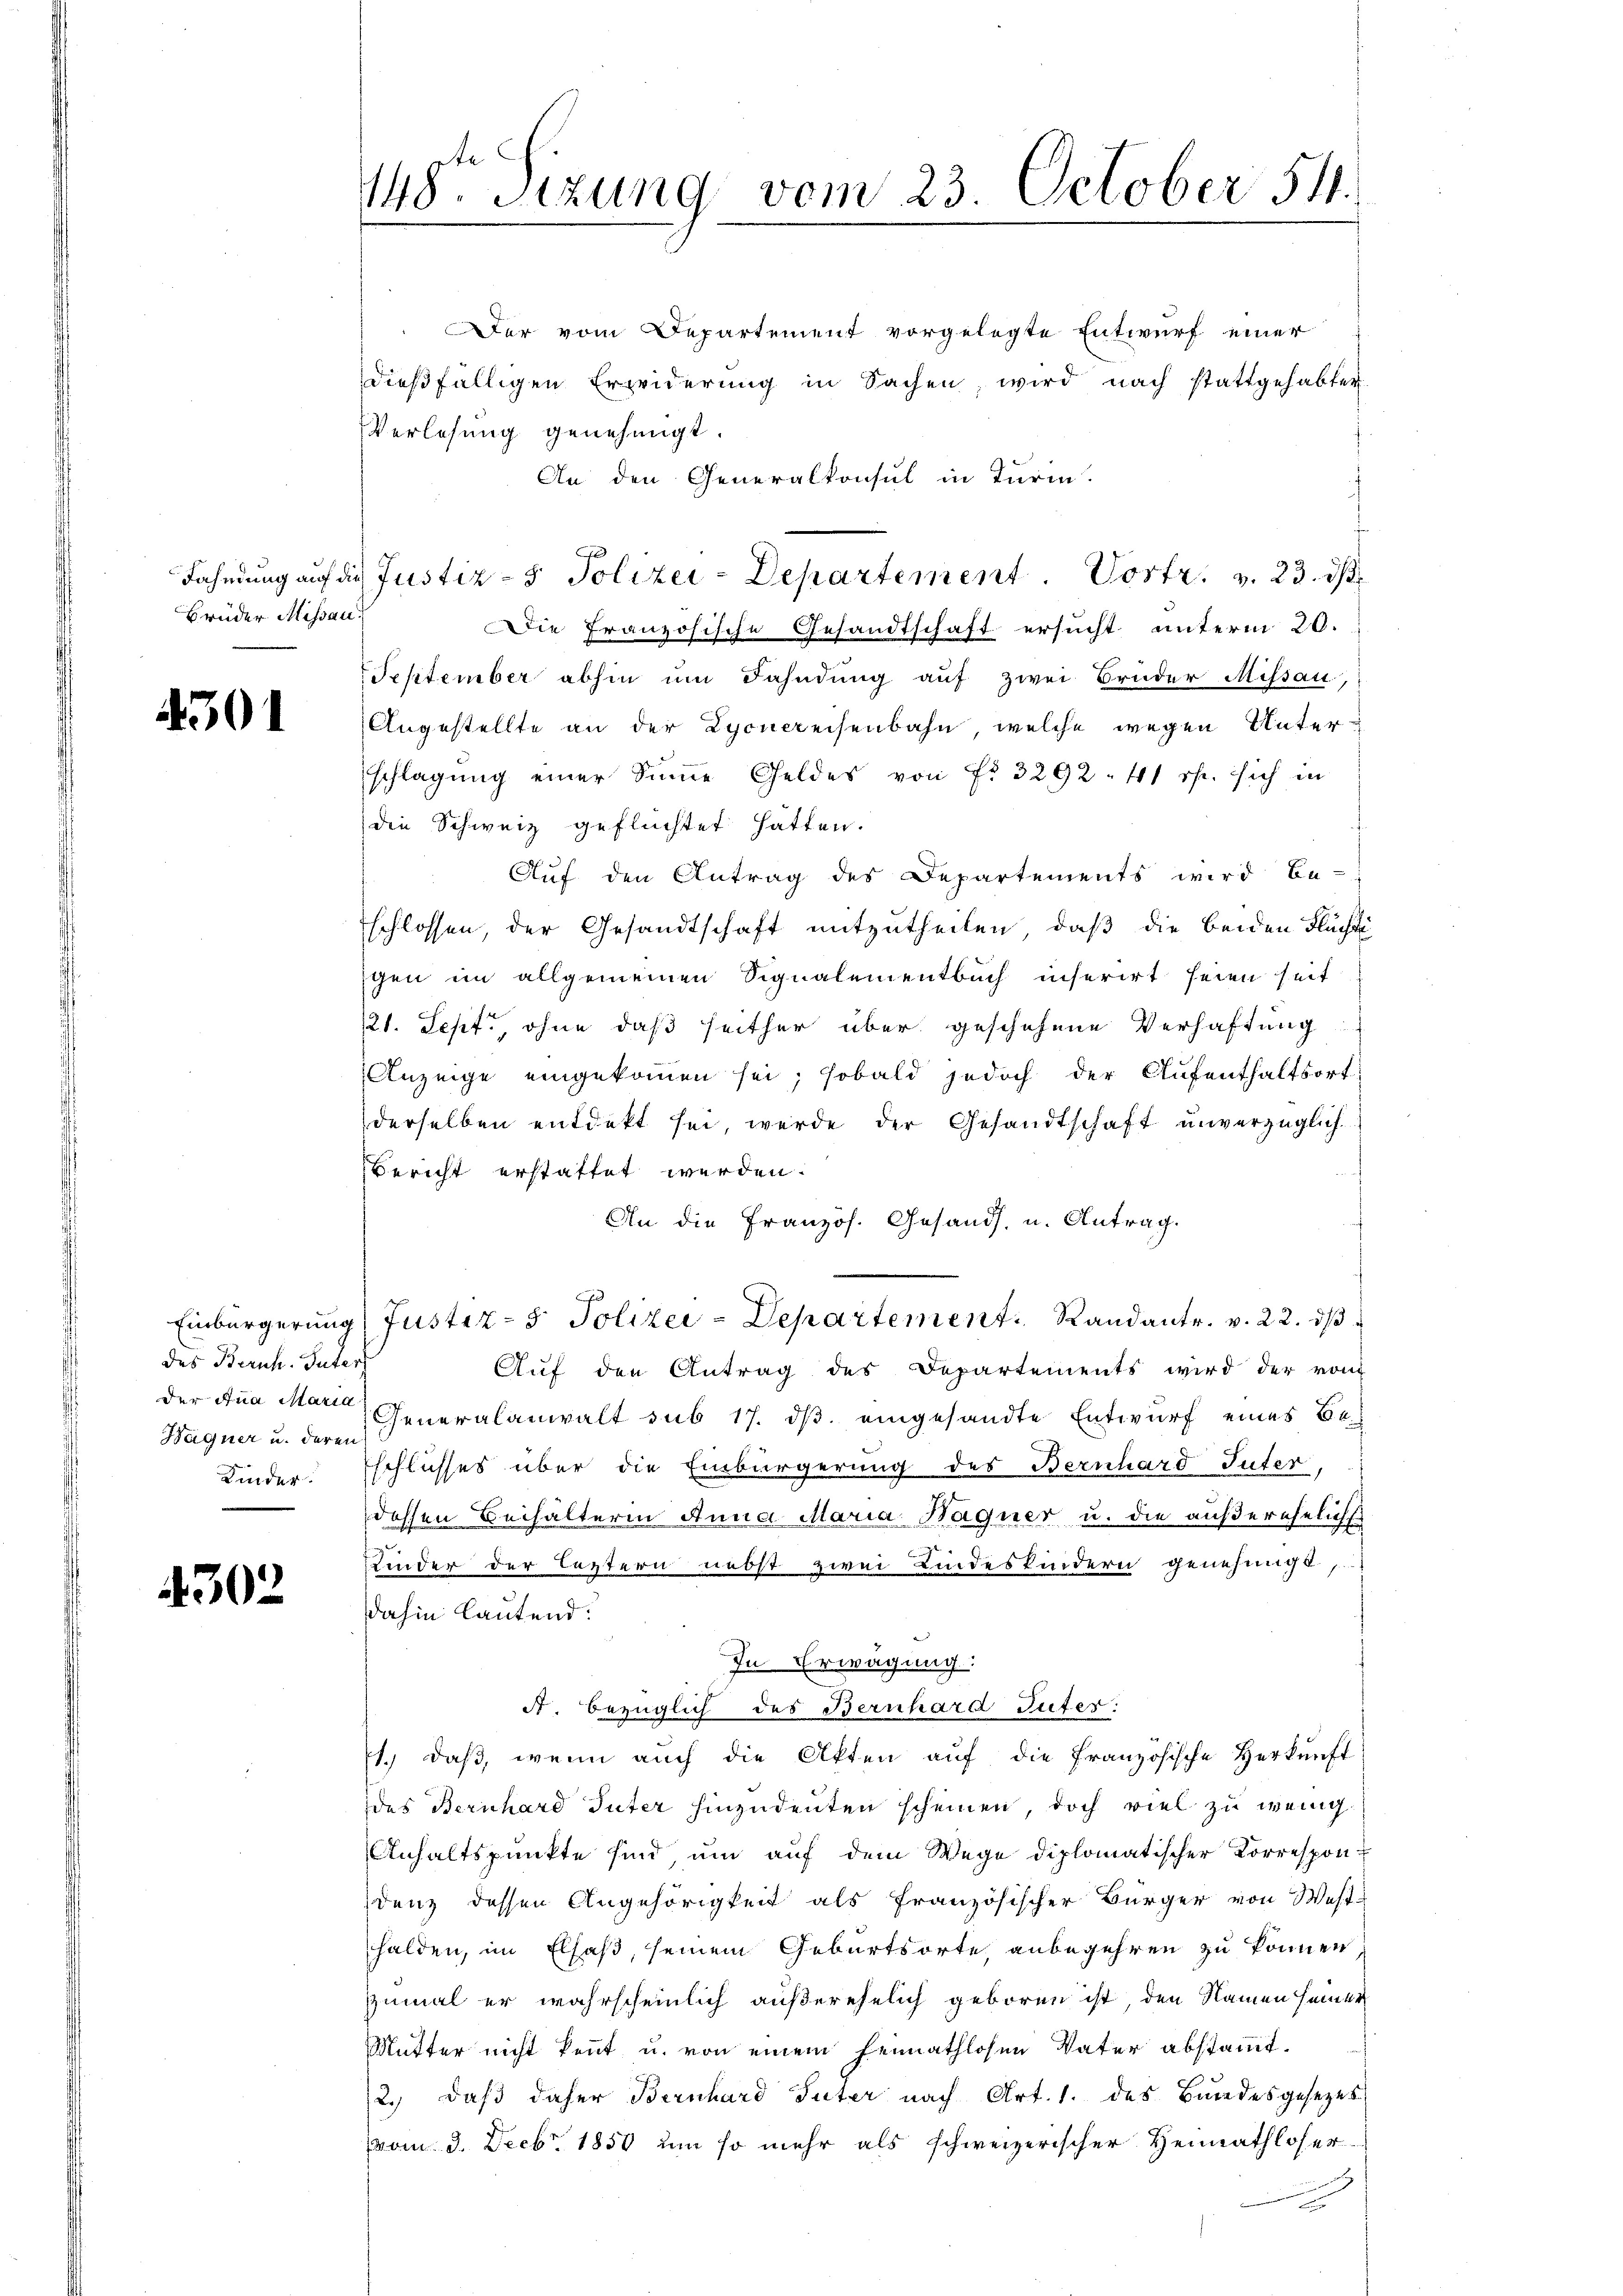
Brüder Messau.

301

des Beruh. Inter
Hagner u. deren
Kinder.

4302

148. Sitzung vom 23. October 54.

Der vom Departement vorgelegte Entwurf einer
dießfälligen Erwiderung in Sachen, wird nach stattgehabter
Verlesung genehmigt.
An den Generalkonsul in Turin.
Die Französische Gesandtschaft ersucht unterm 20.
September abhin um Fahndung auf zwei Brüder Missan,
Angestellte an der Lyonereisenbahn, welche wegen Unterschlagung einer Summe Geldes von No 3292. 41 rp. sich in
die Schweiz geflüchtet hätten.
Auf den Antrag des Departements wird be-
schlossen, der Gesandtschaft mitzutheilen, daß die beiden Flüchti
gen im allgemeinen Signalementbuch inferirt seien seit
121. Sept., ohne daß seither über geschehene Verhaftung
Anzeige eingekommen sei; sobald jedoch der Aufenthaltsort
derselben entdekt sei, werde der Gesandtschaft unverzüglich
Bericht erstattet werden.
An die Französ. Gesands, u. Antrag.
Einbürgerung (Justiz- & Polizei-Departement. Randantr. v. 22. ds
Aŭf den Antrag des Departements wird der von
der Ana Mar Generalanwalt sub 17. ds. eingesandte Entwurf eines Beschlusses über die Einbürgerung des Bernhard Suter,
dessen Beihälterin Anna Maria Hagner u. die außereheliche
Kinder der leztern nebst zwei Kindeskindern genehmigt,
dahin lautend:
In Erwägung:
A. bezüglich des Bernhard Suter:
1.) daß, wenn auch die Akten auf die Französische Herkunft
des Bernhard Suter hinzudeuten scheinen, doch viel zu wenig
Anhaltspunkte sind um auf dem Wege diplomatischer Korrespon-
denz dessen Angehörigkeit als französischer Bürger von West-
halden, im Elsaß, seinem Geburtsorte, anbegehren zu können
zumal er wahrscheinlich außerehelich geboren ist, den Namen seiner
Mutter nicht kennt u. von einem heimathlosen Vater abstammt.
2. daβ daher Bernhard Suter nach Art. 1. des Bundesgesetzes
vom 3. Decbr. 1850 um so mehr als schweizerischer Heimathloser
.

Fahndung auf die Justiz- & Polizei-Departement  .       Post  .            23. ds